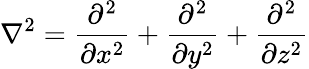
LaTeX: \nabla^{2}=\frac{\partial^{2}}{\partial\textit{x}^{2}}+\frac{\partial^{2}}{\partial\textit{y}^{2}}+\frac{\partial^{2}}{\partial\textit{z}^{2}}